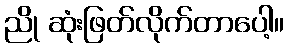
ညို ဆုံးဖြတ်လိုက်တာပေါ့။